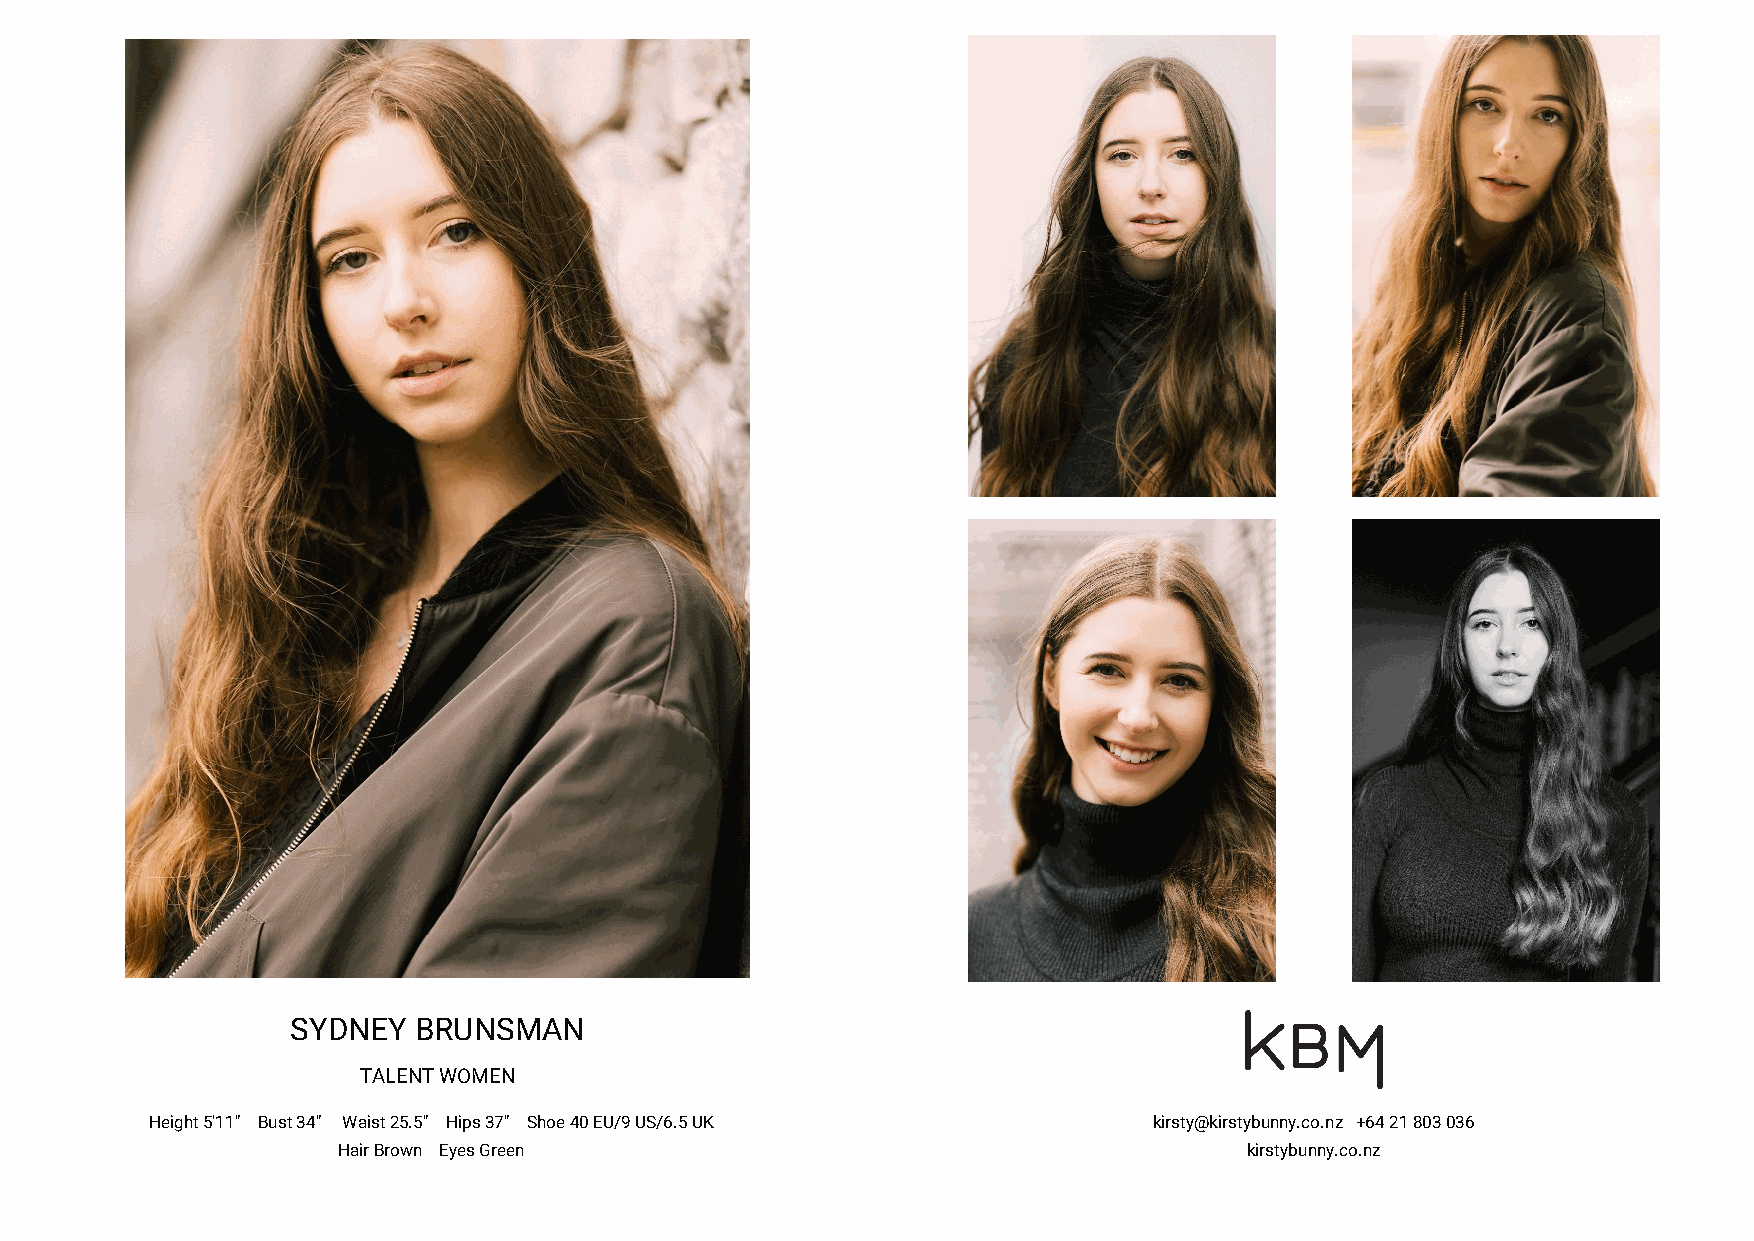
SYDNEY  BRUNSMAN
 TALENTWOMEN
 Height 5'11" Bust 34" Waist 25.5" Hips 37" Shoe 40EU/9US/6.5UK    kirsty@kirstybunny.co.nz +6421803036
 Hair Brown Eyes Green                                        kirstybunny.co.nz